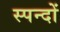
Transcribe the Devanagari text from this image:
स्पन्दों